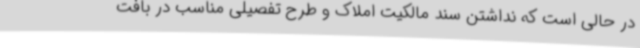
در حالی است که نداشتن سند مالکیت املاک و طرح تفصیلی مناسب در بافت